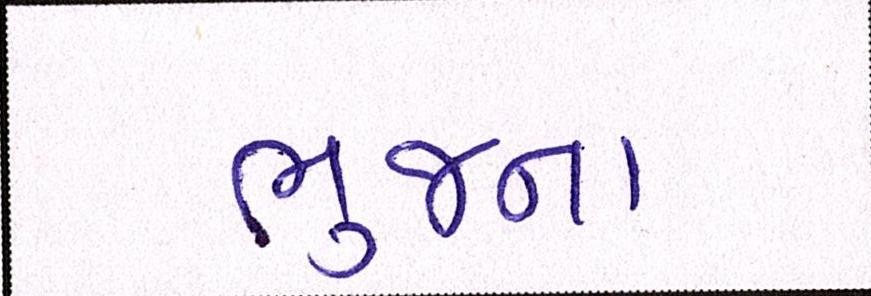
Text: ભુજના